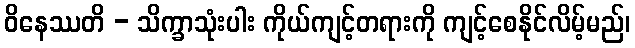
ဝိနေဿတိ - သိက္ခာသုံးပါး ကိုယ်ကျင့်တရားကို ကျင့်စေနိုင်လိမ့်မည်၊